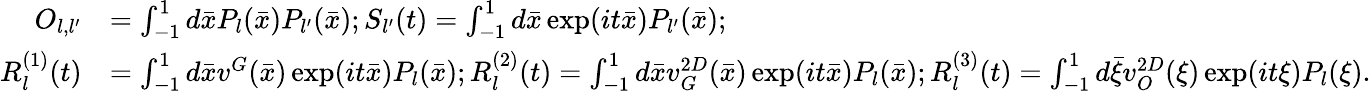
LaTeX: \begin{array}{rl}{O_{l,l^{\prime}}}&{=\int_{-1}^{1}d\bar{x}P_{l}(\bar{x})P_{l^{\prime}}(\bar{x});S_{l^{\prime}}(t)=\int_{-1}^{1}d\bar{x}\exp(it\bar{x})P_{l^{\prime}}(\bar{x});}\\ {R_{l}^{(1)}(t)}&{=\int_{-1}^{1}d\bar{x}v^{G}(\bar{x})\exp(it\bar{x})P_{l}(\bar{x});R_{l}^{(2)}(t)=\int_{-1}^{1}d\bar{x}v_{G}^{2D}(\bar{x})\exp(it\bar{x})P_{l}(\bar{x});R_{l}^{(3)}(t)=\int_{-1}^{1}d\bar{\xi}v_{O}^{2D}(\xi)\exp(it\xi)P_{l}(\xi).}\end{array}